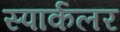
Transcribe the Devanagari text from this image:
स्पार्कलर